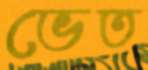
ভেত